Lunatic asylums Punjab 1881-1894 - 1881-1894
Year: 1881
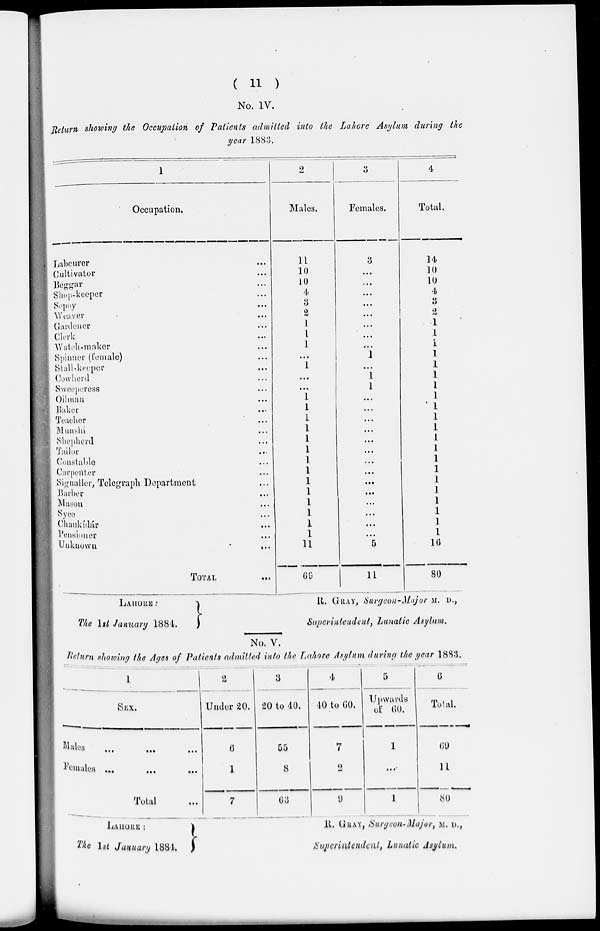
( 11 )
No. IV.
Return showing the Occupation of Patients admitted into the Lahore Asylum during the
year 1883.
1
Occupation.
Labourer ...
Cultivator ...
Beggar ...
Shop-keeper ...
Sepoy ...
Weaver ...
Gardener ...
Clerk ...
Watch-maker ...
Spinner (Female) ...
Stall-keeper ...
Cowherd ...
Sweeperess ...
Oilman ...
Baker ...
Teacher ...
Munshi ...
Shepherd ...
Tailor ...
Constable ...
Carpenter ...
Signaller, Telegraph Department ...
Barber ...
Mason ...
Syce ...
Chankítár ...
Pensioner ...
Unknown
...
TOTAL ...
2
Males.
11
10
10
4
3
2
1
1
1
...
1
...
...
1
1
1
1
1
1
1
1
1
1
1
1
1
1
11
69
3
Females.
3
...
...
...
....
...
...
....
...
1
...
1
1
...
....
...
...
...
...
...
...
...
...
...
...
...
....
5
11
4
Total.
14
10
10
4
3
2
1
1
1
1
1
1
1
1
1
1
1
1
1
1
1
1
1
1
1
1
1
16
80
LAHORE :
The 1st January 1884.
R. GRAY, Surgeon-Major M .D.,
Superintendent, Lunatic Asylum.
No. V.
Return showing the Ages of Patients admitted into the Lahore Asylum during the year 1883.
1
SEX.
Males
...
...
...
Females ... ... ...
Total ...
2
Under 20.
6
1
7
3
20 to 40.
55
8
63
4
40 to 60.
7
2
9
5
Upwards
of 60.
1
...
1
6
Total,
60
11
80
LAHORE:
The 1st January 1884.
R. GRAY, Surgeon-Major, M .D.,
Superintendent, Lunatic Asylum .